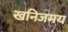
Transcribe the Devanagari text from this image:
खनिजमय